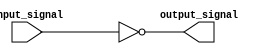
module inverter (
  input wire input_signal,
  output reg output_signal
);

always @(*) begin
  output_signal = ~input_signal;
end

endmodule